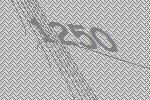
1250